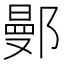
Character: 鄤